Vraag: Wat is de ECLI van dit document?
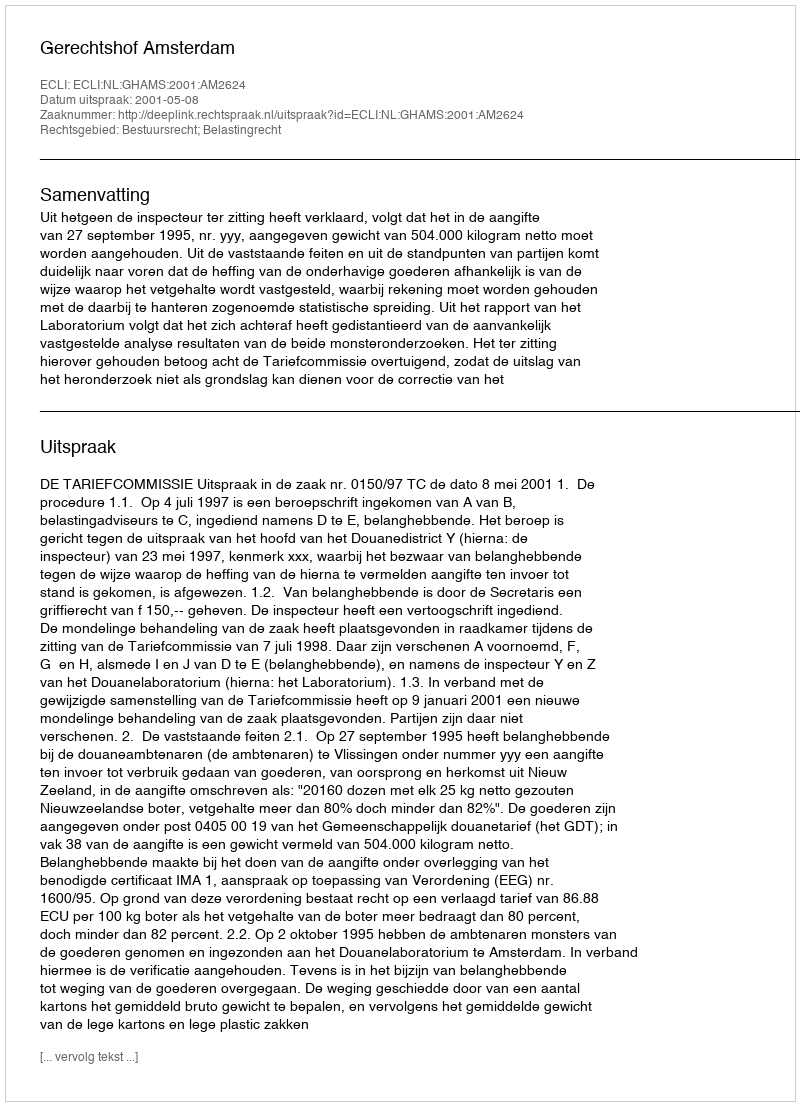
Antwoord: ECLI:NL:GHAMS:2001:AM2624